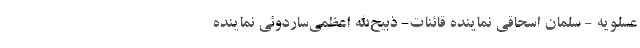
عسلویه - سلمان اسحاقی نماینده قائنات- ذبیح‌الله اعظمی‌ساردوئی نماینده